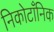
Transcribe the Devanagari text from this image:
निकोटाँनिक